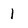
Character: 1